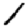
Digit: 1